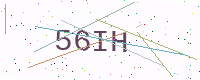
Text: 56IH